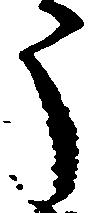
う